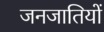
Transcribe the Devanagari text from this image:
जनजातियाें